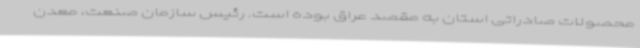
محصولات صادراتی استان به مقصد عراق بوده است. رئیس سازمان صنعت، معدن